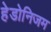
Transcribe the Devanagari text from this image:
हेडोनिजम